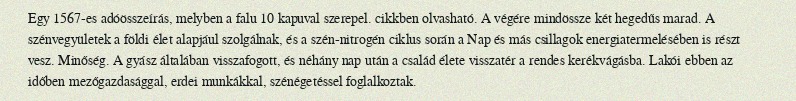
Egy 1567-es adóösszeírás, melyben a falu 10 kapuval szerepel. cikkben olvasható. A végére mindössze két hegedűs marad. A szénvegyületek a földi élet alapjául szolgálnak, és a szén-nitrogén ciklus során a Nap és más csillagok energiatermelésében is részt vesz. Minőség. A gyász általában visszafogott, és néhány nap után a család élete visszatér a rendes kerékvágásba. Lakói ebben az időben mezőgazdasággal, erdei munkákkal, szénégetéssel foglalkoztak.